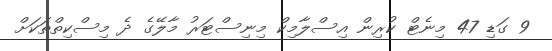
9 ގަޑި 47 މިނެޓް ކުރިން އިސްލާމިކް މިނިސްޓަރު މާލޭގެ ދެ މިސްކިތްތަކަށް